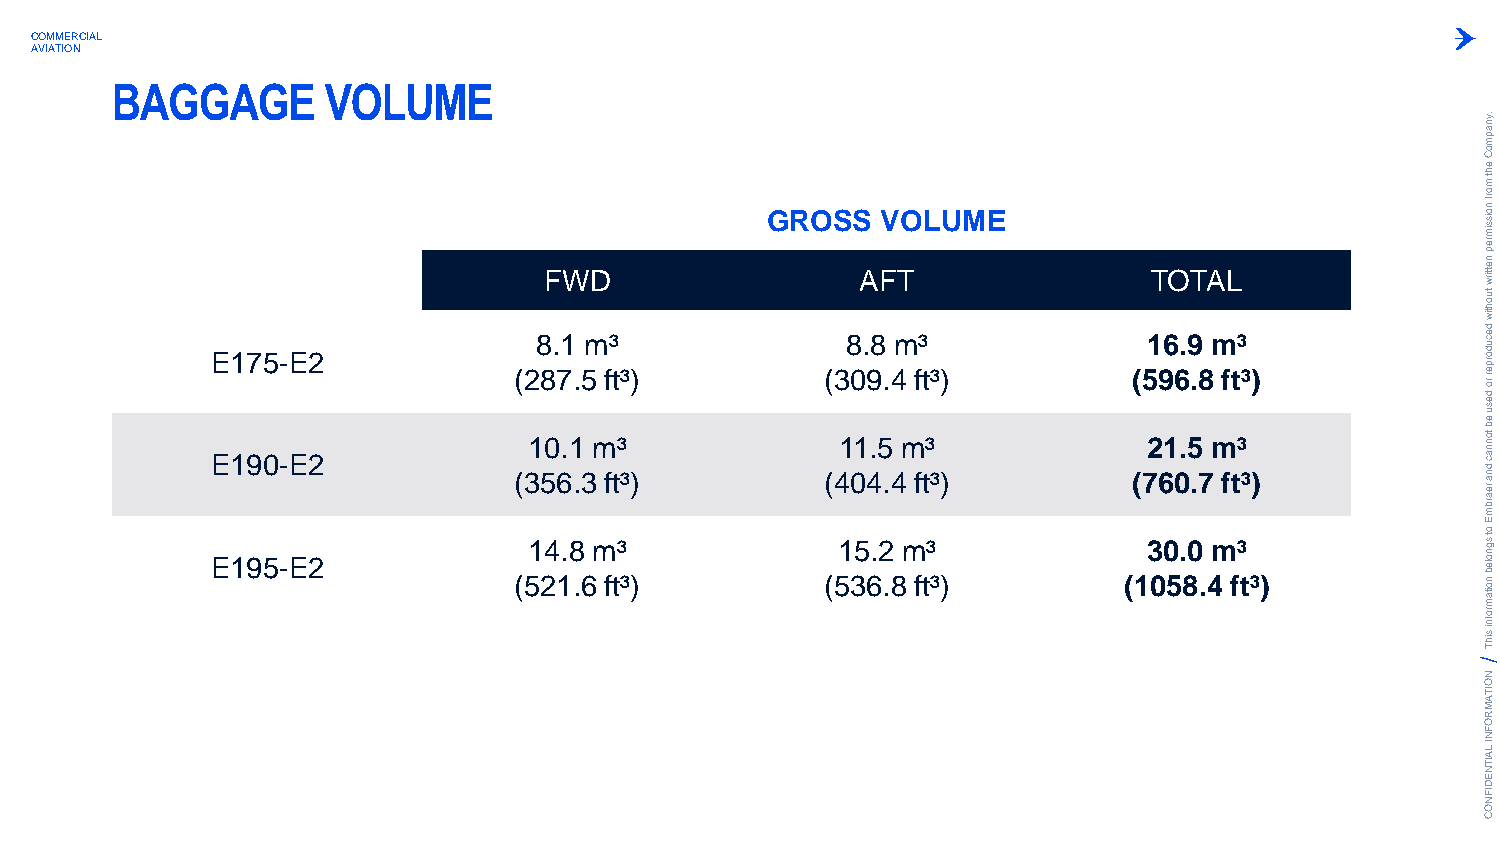
COMMERCIAL
 AVIATION
 BAGGAGE       VOLUME
 .ynapm
 oC
 eht
 m
 GROSS  VOLUME
 orf
 noissim
 rep
 FWD                  AFT                TOTAL
 nettirw
 tuohtiw
 E E11 97 05- -E E22
 ( (2
 318
 8
 50.
 7
 61
 .1.
 .
 5
 3m
 m
 f
 f³
 t t³³ ³)
 )
 ( (3
 418
 0
 01.
 9
 4.8
 5.
 .
 4
 4
 m
 m
 f
 f³
 t t³³ ³)
 )
 ( (5
 71
 29
 66
 16
 0. .9
 5. .8
 7
 m
 m
 f ft
 t³
 ³³ ³)
 )
 decudorper
 ro
 desu
 eb
 tonnac
 dna
 rearbm
 E
 E195-E2
 (51 24 1.8
 .6
 m ft³
 ³)
 (51 35 6.2
 .8
 m ft³
 ³)
 (13 00 5. 80
 .
 4m f³
 t³)
 ot
 sgnoleb
 noitam
 rofni
 sihT
 N
 O
 ITA
 M
 R
 O
 F
 N
 I LA
 IT
 N
 E
 D
 IF
 N
 O
 C